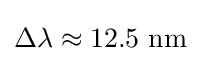
\Delta \lambda \approx 12.5{\text{ nm}}